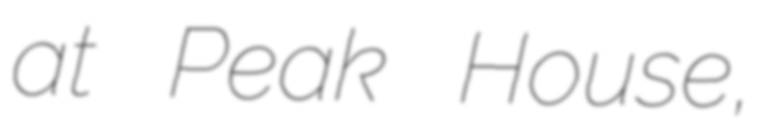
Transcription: at Peak House,